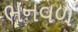
ભનવળ